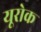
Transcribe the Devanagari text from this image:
यूरोक